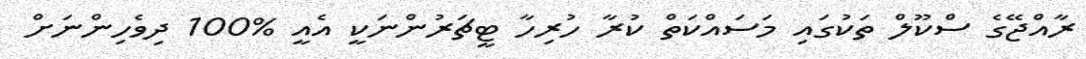
ރާއްޖޭގެ ސްކޫލް ތަކުގައި މަސައްކަތް ކުރާ ހުރިހާ ޓީޗަރުންނަކީ އެއީ %100 ދިވެހިންނަށް